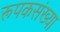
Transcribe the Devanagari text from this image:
रूपकसंख्या